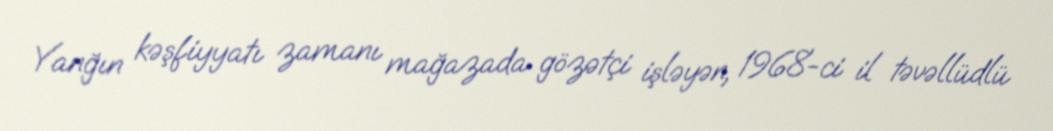
Yanğın kəşfiyyatı zamanı mağazada gözətçi işləyən, 1968-ci il təvəllüdlü